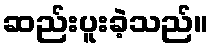
ဆည်းပူးခဲ့သည်။